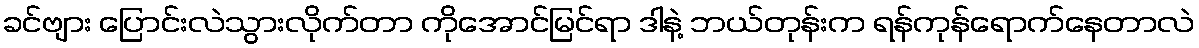
ခင်ဗျား ပြောင်းလဲသွားလိုက်တာ ကိုအောင်မြင်ရာ ဒါနဲ့ ဘယ်တုန်းက ရန်ကုန်ရောက်နေတာလဲ